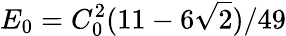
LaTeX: E_{0}=C_{0}^{2}(11-6\sqrt{2})/49